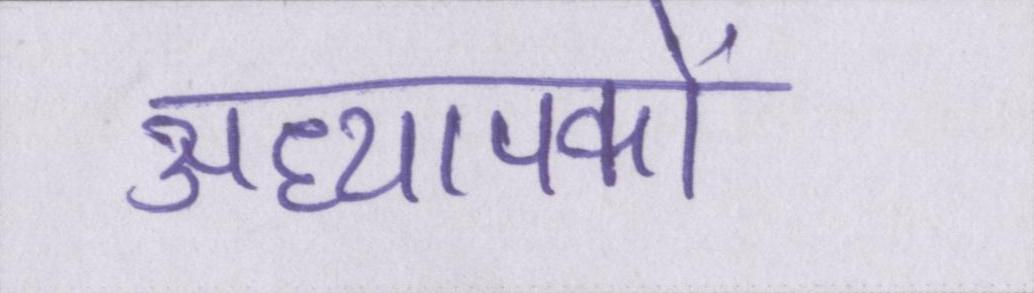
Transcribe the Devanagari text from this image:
अध्यापकों